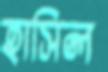
হাসিল